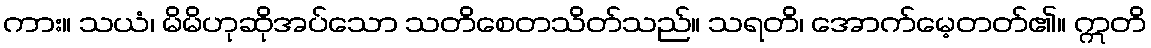
ကား။ သယံ၊ မိမိဟုဆိုအပ်သော သတိစေတသိတ်သည်။ သရတိ၊ အောက်မေ့တတ်၏။ ဣတိ